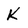
Character: K